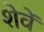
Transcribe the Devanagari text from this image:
शेवें